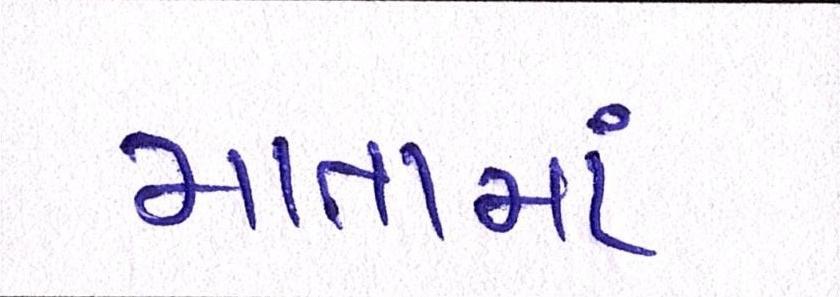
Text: માતામાં